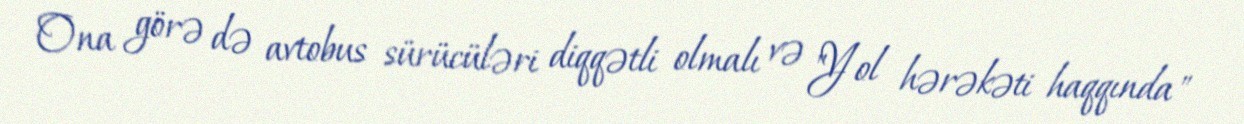
Ona görə də avtobus sürücüləri diqqətli olmalı və "Yol hərəkəti haqqında"